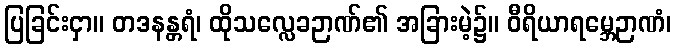
ပြခြင်းငှာ။ တဒနန္တရံ၊ ထိုသလ္လေခဉာဏ်၏ အခြားမဲ့၌။ ဝီရိယာရမ္ဘေဉာဏံ၊